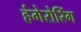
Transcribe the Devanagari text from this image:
हंगेरोरिंग